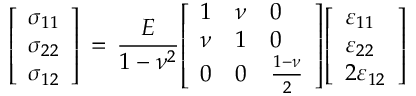
{ \left[ \begin{array} { l } { \sigma _ { 1 1 } } \\ { \sigma _ { 2 2 } } \\ { \sigma _ { 1 2 } } \end{array} \right] } \, = \, { \frac { E } { 1 - \nu ^ { 2 } } } { \left[ \begin{array} { l l l } { 1 } & { \nu } & { 0 } \\ { \nu } & { 1 } & { 0 } \\ { 0 } & { 0 } & { { \frac { 1 - \nu } { 2 } } } \end{array} \right] } { \left[ \begin{array} { l } { \varepsilon _ { 1 1 } } \\ { \varepsilon _ { 2 2 } } \\ { 2 \varepsilon _ { 1 2 } } \end{array} \right] }